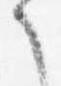
之